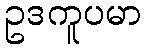
ဥဒကူပမာ